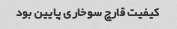
کیفیت قارچ سوخاری پایین بود